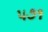
૫૭૧